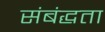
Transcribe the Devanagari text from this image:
संबंद्धता